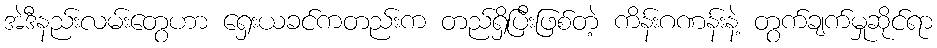
အဲဒီနည်းလမ်းတွေဟာ ရှေးယခင်ကတည်းက တည်ရှိပြီးဖြစ်တဲ့ ကိန်းဂဏန်းနဲ့ တွက်ချက်မှုဆိုင်ရာ